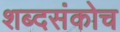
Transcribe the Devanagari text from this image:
शब्दसंकोच